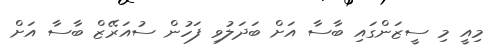
މިއީ މި ސީޒަންގައި ބާސާ އަށް ބަދަލުވި ފަހުން ސުއަރޭޒް ބާސާ އަށް